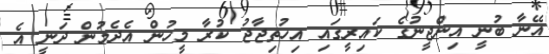
އޭނާ ބުނީ އިންޖީނުގެ ކައިރީގައި އިހުތިޖާޖު ކުރާ މީހުން އެދެމުން ދަނީ އެ